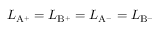
L _ { \mathrm { { A ^ { + } } } } = L _ { \mathrm { { B ^ { + } } } } = L _ { \mathrm { { A ^ { - } } } } = L _ { \mathrm { { B ^ { - } } } }